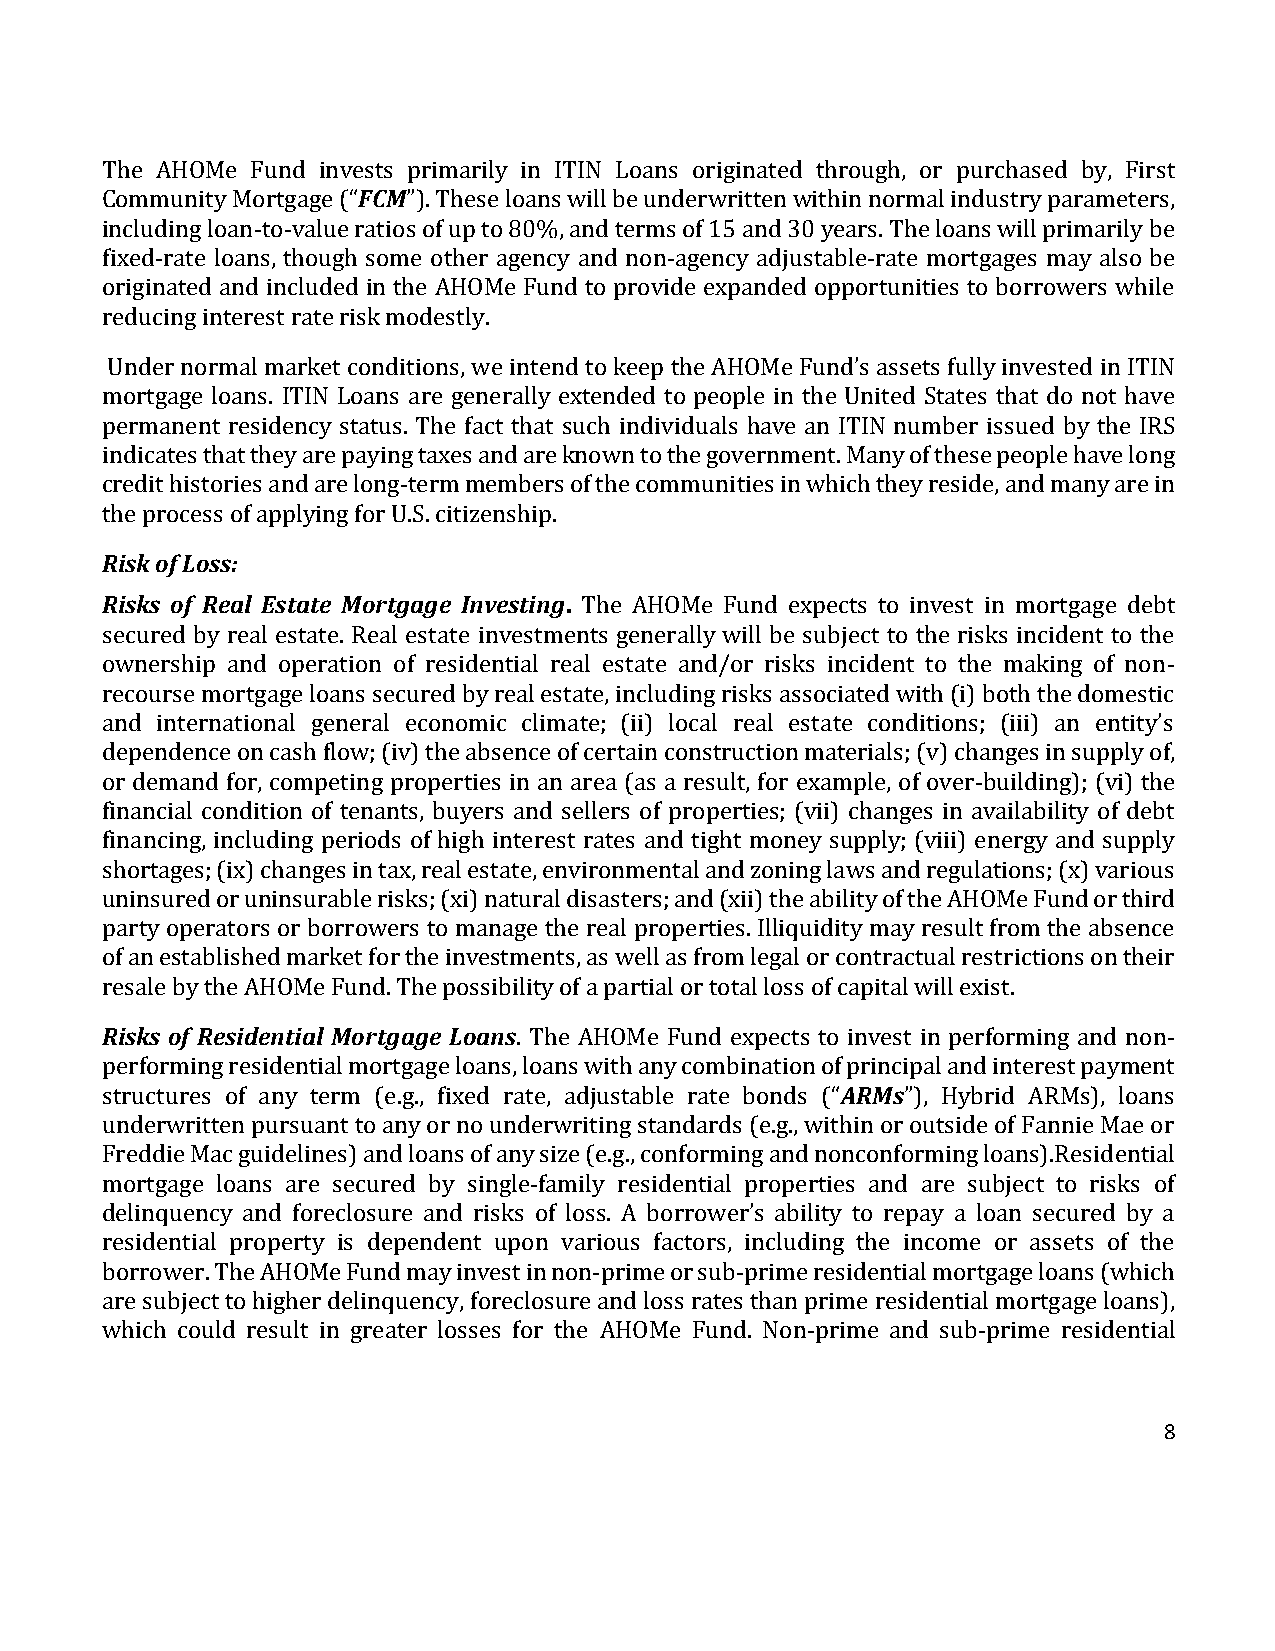
The AHOMe Fund invests primarily in ITIN Loans originated through, or purchased by, First
 Community Mortgage (“FCM”). These loans will be underwritten within normal industry parameters,
 including loan-to-value ratios of up to 80%, and terms of 15 and 30 years. The loans will primarily be
 fixed-rate loans, though some other agency and non-agency adjustable-rate mortgages may also be
 originated and included in the AHOMe Fund to provide expanded opportunities to borrowers while
 reducing interest rate risk modestly.
 Under normal market conditions, we intend to keep the AHOMe Fund’s assets fully invested in ITIN
 mortgage loans. ITIN Loans are generally extended to people in the United States that do not have
 permanent residency status. The fact that such individuals have an ITIN number issued by the IRS
 indicates that they are paying taxes and are known to the government. Many of these people have long
 credit histories and are long-term members of the communities in which they reside, and many are in
 the process of applying for U.S. citizenship.
 Risk of Loss:
 Risks of Real Estate Mortgage Investing. The AHOMe Fund expects to invest in mortgage debt
 secured by real estate. Real estate investments generally will be subject to the risks incident to the
 ownership and operation of residential real estate and/or risks incident to the making of non-
 recourse mortgage loans secured by real estate, including risks associated with (i) both the domestic
 and international general economic climate; (ii) local real estate conditions; (iii) an entity’s
 dependence on cash flow; (iv) the absence of certain construction materials; (v) changes in supply of,
 or demand for, competing properties in an area (as a result, for example, of over-building); (vi) the
 financial condition of tenants, buyers and sellers of properties; (vii) changes in availability of debt
 financing, including periods of high interest rates and tight money supply; (viii) energy and supply
 shortages; (ix) changes in tax, real estate, environmental and zoning laws and regulations; (x) various
 uninsured or uninsurable risks; (xi) natural disasters; and (xii) the ability of the AHOMe Fund or third
 party operators or borrowers to manage the real properties. Illiquidity may result from the absence
 of an established market for the investments, as well as from legal or contractual restrictions on their
 resale by the AHOMe Fund. The possibility of a partial or total loss of capital will exist.
 Risks of Residential Mortgage Loans. The AHOMe Fund expects to invest in performing and non-
 performing residential mortgage loans, loans with any combination of principal and interest payment
 structures of any term (e.g., fixed rate, adjustable rate bonds (“ARMs”), Hybrid ARMs), loans
 underwritten pursuant to any or no underwriting standards (e.g., within or outside of Fannie Mae or
 Freddie Mac guidelines) and loans of any size (e.g., conforming and nonconforming loans).Residential
 mortgage loans are secured by single-family residential properties and are subject to risks of
 delinquency and foreclosure and risks of loss. A borrower’s ability to repay a loan secured by a
 residential property is dependent upon various factors, including the income or assets of the
 borrower. The AHOMe Fund may invest in non-prime or sub-prime residential mortgage loans (which
 are subject to higher delinquency, foreclosure and loss rates than prime residential mortgage loans),
 which could result in greater losses for the AHOMe Fund. Non-prime and sub-prime residential
 8